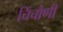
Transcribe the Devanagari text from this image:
चिंचोणी